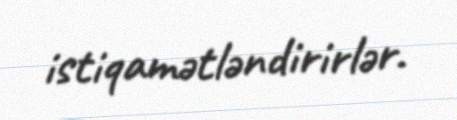
istiqamətləndirirlər.